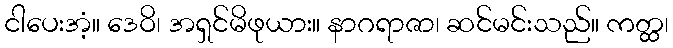
ငါပေးအံ့။ ဒေဝိ၊ အရှင်မိဖုယား။ နာဂရာဇာ၊ ဆင်မင်းသည်။ ကတ္ထ၊